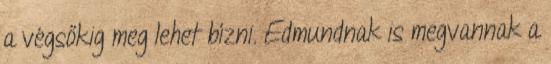
a végsőkig meg lehet bízni. Edmundnak is megvannak a